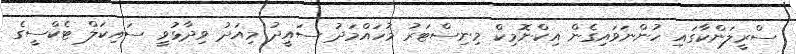
ސްރީލަންކާގައި ހުންނަވައިގެން އިކްނޮމިކް މިނިސްޓަރު މުހައްމަދު ސައީދު މިއަދު ވިދާޅުވީ ސައިކަލް ޓެކްސީގެ